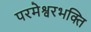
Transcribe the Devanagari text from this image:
परमेश्वरभक्ति